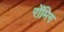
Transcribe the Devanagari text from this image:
रोंमिग